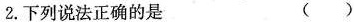
2.下列说法正确的是 ()